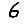
Digit: 6